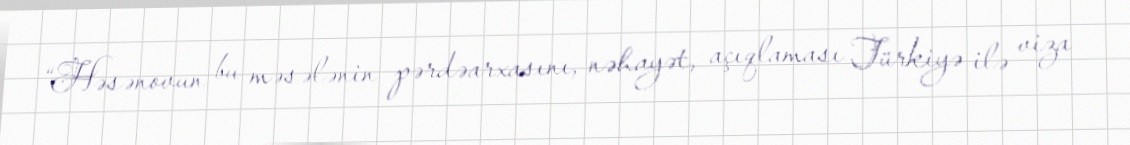
“Həsənovun bu məsələnin pərdəarxasını, nəhayət, açıqlaması Türkiyə ilə viza